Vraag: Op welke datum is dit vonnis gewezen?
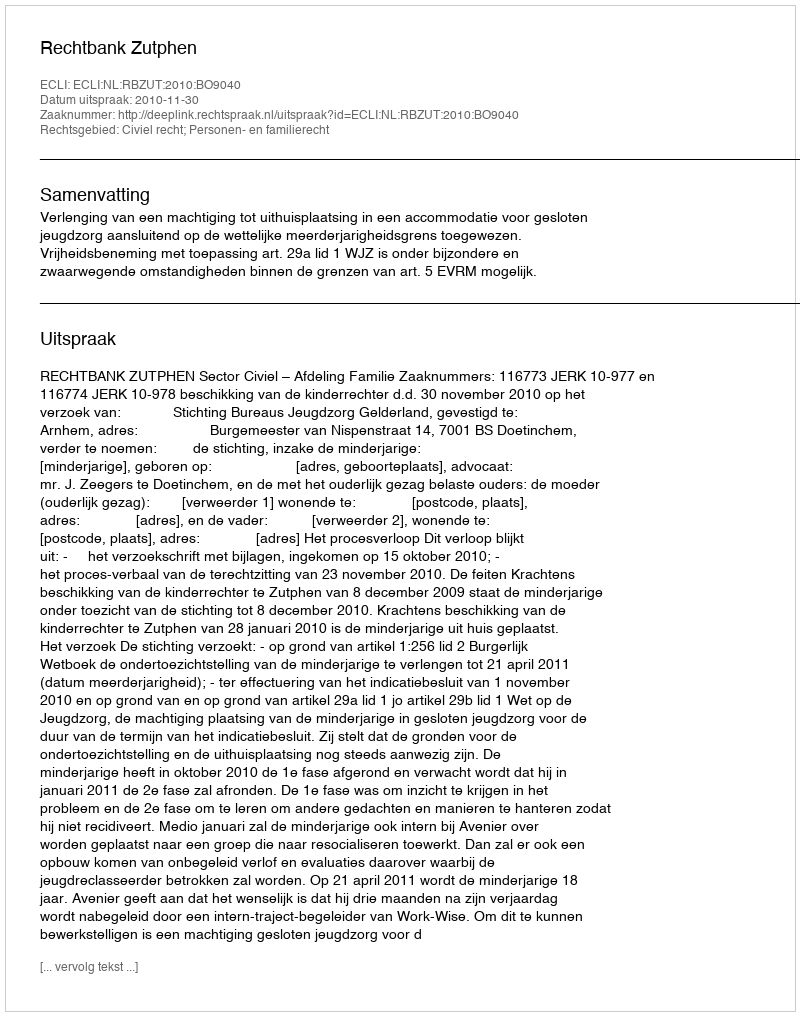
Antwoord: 2010-11-30